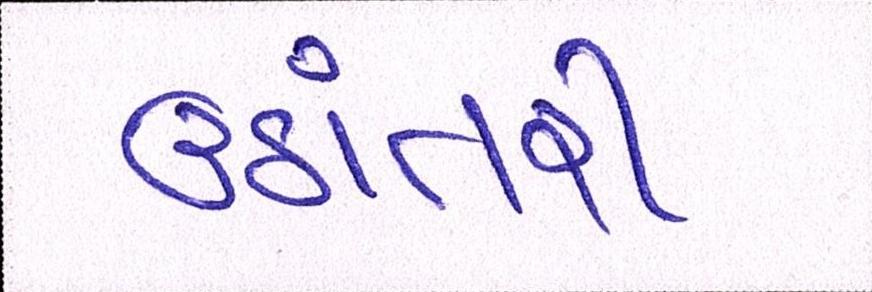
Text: ઉઠાંતરી